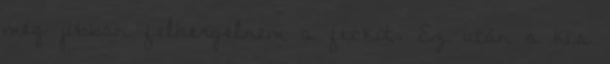
még jobban felhergelnem a fickót. Ez után a kis